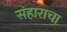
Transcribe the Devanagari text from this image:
संहाराचा